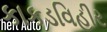
કાકડવિહીર